Report on the Civil Veterinary Department, Eastern Bengal and Assam - 1907-1911
Year: 1907
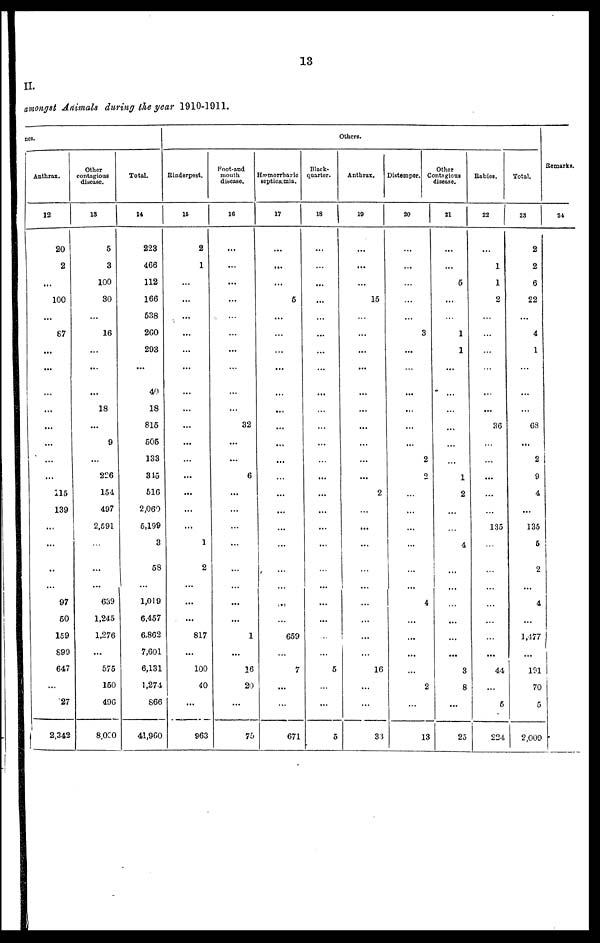
13
II.
amongst Animals during the year 1910-1911.
DCS.
Anthrax.
12
20
2
...
100
...
67
...
...
...
...
...
...
...
115
139
...
...
...
97
60
159
899
647
...
27
2,342
Other
contagious
disease.
13
5
3
100
30
...
16
...
...
18
...
9
...
226
154
497
2,591
...
...
639
1,245
1,276
...
575
150
496
8,030
Total.
14
223
466
112
166
538
260
293
40
18
815
505
133
345
516
2,060
5,199
3
58
1,019
6,457
6,862
7,601
6,131
1,271
866
41,960
Rinderpest.
15
2
1
...
...
...
...
...
...
...
...
...
...
...
...
...
...
1
2
...
...
817
...
100
40
...
963
Foot-and
mouth
disease.
16
...
...
...
...
...
...
...
...
...
32
...
...
6
...
...
...
...
...
...
...
1
...
26
20
...
75
Hæmorrhagic
septicæmia.
17
...
...
...
5
...
...
...
...
...
...
...
...
...
...
...
...
...
...
...
659
...
7
...
...
671
Others.
Black-
quarter.
18
...
...
...
...
...
...
...
...
...
...
...
...
...
...
...
...
...
...
...
...
...
...
5
...
...
5
Anthrax.
10
...
...
...
15
...
...
...
...
...
...
...
...
...
2
...
...
...
...
...
...
...
...
16
...
...
33
Distemper.
20
...
...
...
...
...
3
...
...
...
...
...
2
2
...
...
...
...
...
4
...
...
...
...
2
...
13
Other
Contagious
disease.
21
...
...
5
...
...
1
1
...
...
...
...
...
1
2
...
...
4
...
...
...
...
...
3
8
...
25
Babies.
22
...
1
1
2
...
...
...
...
...
36
...
...
...
...
...
135
...
...
...
...
...
...
44
...
6
224
Total.
23
2
2
6
22
...
4
1
...
...
68
...
2
9
4
...
135
5
2
4
...
1,477
...
191
70
5
2,009
Remarks.
24